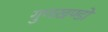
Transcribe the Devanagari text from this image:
गुणखण्डों